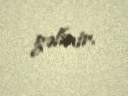
gəlinir.